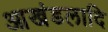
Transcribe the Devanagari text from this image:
आखंडलादि